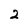
Character: 2